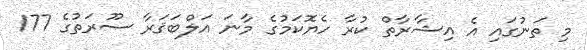
މި ތަނުގައި އެ އިޝާރާތް ކުރާ ހެޔޮކަމުގެ މާނަ އަލްބަޤަރާ ސޫރަތުގެ 177